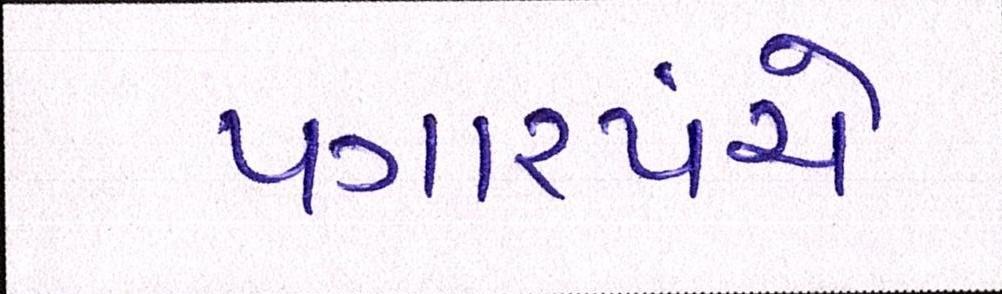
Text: પગારપંચે